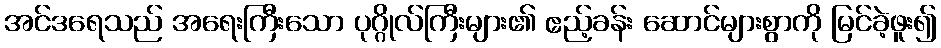
အင်ဒရေသည် အရေးကြီးသော ပုဂ္ဂိုလ်ကြီးများ၏ ဧည့်ခန်း ဆောင်များစွာကို မြင်ခဲ့ဖူး၍